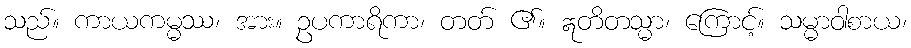
သည်။ ကာယကမ္မဿ၊ အား။ ဥပကာရိကာ၊ တတ် ၏။ ဣတိတသ္မာ၊ ကြောင့်။ သမ္မာဝါစာယ၊